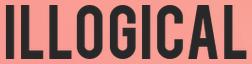
ILLOGICAL